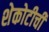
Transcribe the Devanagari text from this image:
शेकोटीची